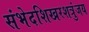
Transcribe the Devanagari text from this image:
संभेदशिखरशत्रुंजय